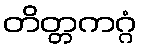
တိတ္တကဂ္ဂံ